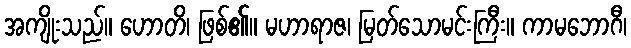
အကျိုးသည်။ ဟောတိ၊ ဖြစ်၏။ မဟာရာဇ၊ မြတ်သောမင်းကြီး။ ကာမဘောဂီ၊